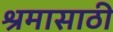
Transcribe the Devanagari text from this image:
श्रमासाठी